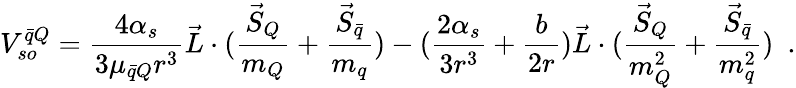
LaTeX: V_{so}^{\bar{q}Q}={\frac{4\alpha_{s}}{3\mu_{\bar{q}Q}r^{3}}}\vec{L}\cdot({\frac{\vec{S}_{Q}}{m_{Q}}}+{\frac{\vec{S}_{\bar{q}}}{m_{q}}})-({\frac{2\alpha_{s}}{3r^{3}}}+{\frac{b}{2r}})\vec{L}\cdot({\frac{\vec{S}_{Q}}{m_{Q}^{2}}}+{\frac{\vec{S}_{\bar{q}}}{m_{q}^{2}}})~~.